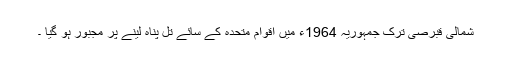
شمالی قبرصی ترک جمہوریہ 1964ء میں اقوام متحدہ کے سائے تل پناہ لینے پر مجبور ہو گیا ۔